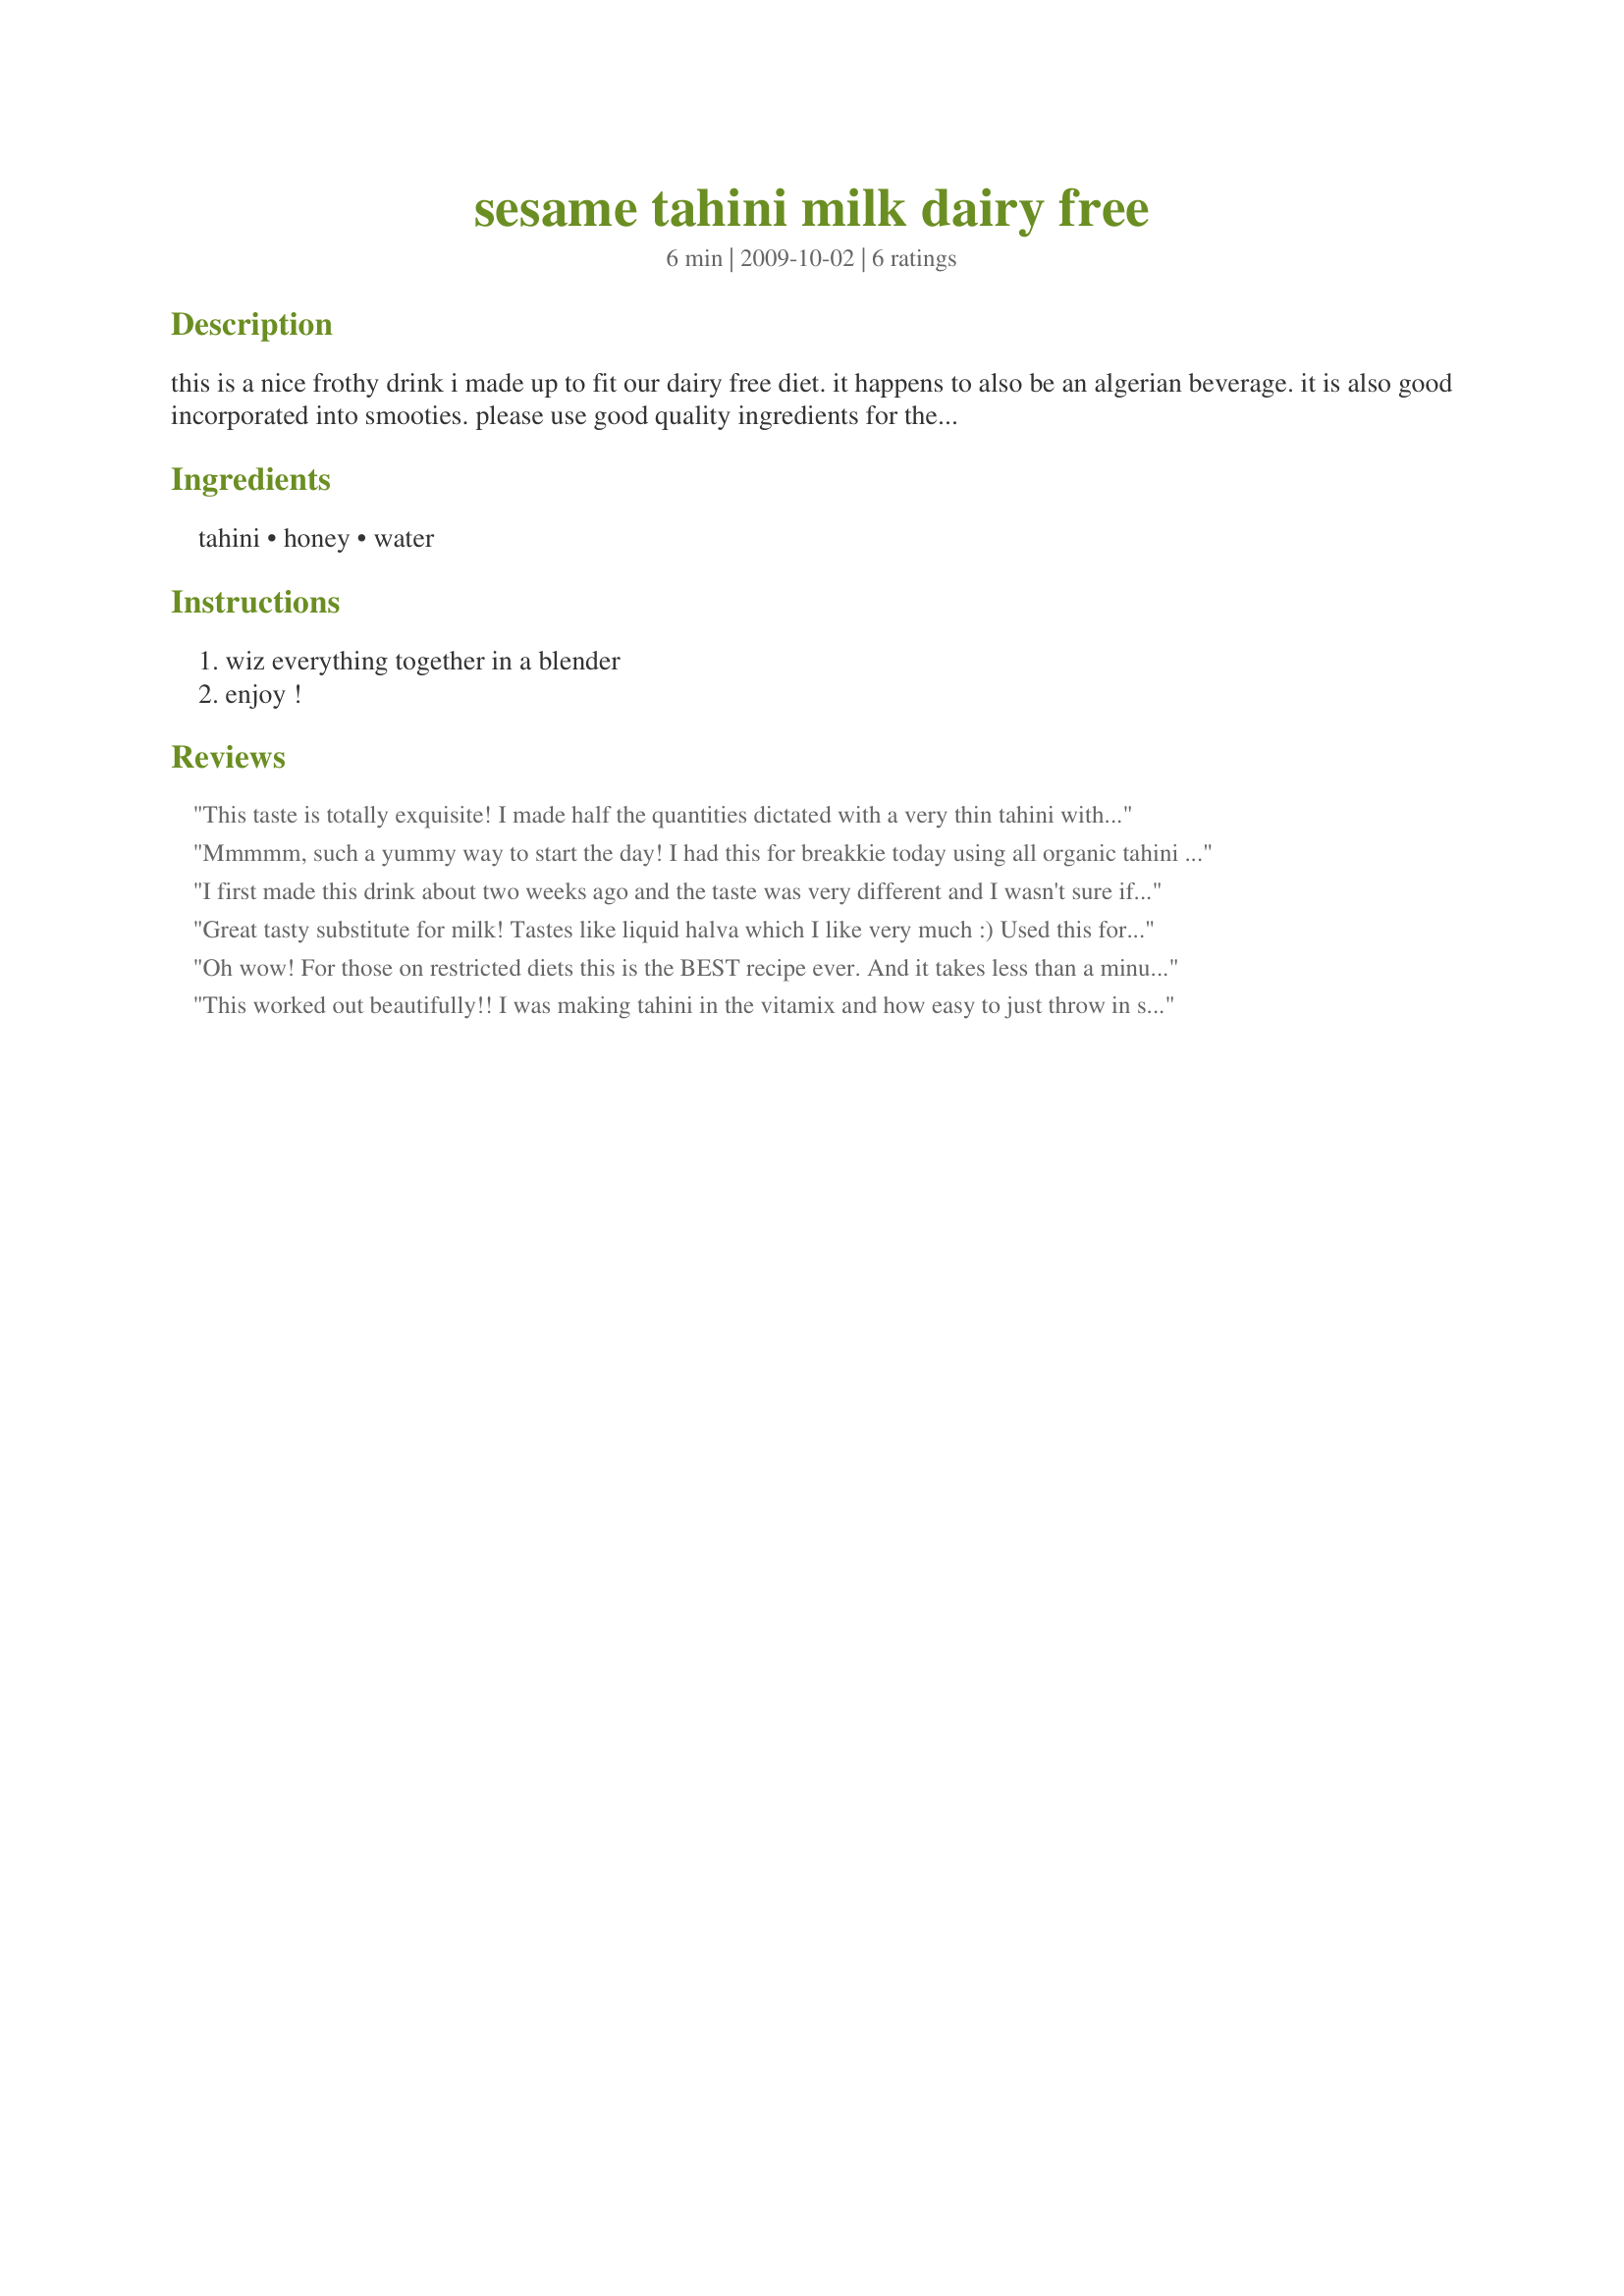
sesame tahini milk dairy free
Preparation time: 6 minutes

this is a nice frothy drink i made up to fit our dairy free diet. it happens to also be an algerian beverage. it is also good incorporated into smooties. please use good quality ingredients for the tastiest healthiest results.

Ingredients:
tahini, honey, water

Steps:
wiz everything together in a blender, enjoy !

Reviews:
This taste is totally exquisite! I made half the quantities dictated with a very thin tahini with orange blossom honey in ice-cold spring water, I'd try to thicken it up next time because the first few sips tasted like flavored water, it got better as I drank more of it. This would make a nice cooking base to use in place of rice milk or soymilk. Made as a recipenap for Veggie Swap 24.
Mmmmm, such a yummy way to start the day! I had this for breakkie today using all organic tahini from unshelled sesame seeds. It was so good!!!!
I had to leave out the honey this time due to dietary restrictions, but will surely add it next time Im making this and I think I will make this often again as I enjoyed it so much.
THANK YOU SO MUCH for sharing it with us, UmmBinat!
Made and reviewed for Veggie Swap #24 July 2010.
I first made this drink about two weeks ago and the taste was very different and I wasn't sure if I liked it or not. I wanted to give the recipe a second shot, so second try I added half a banana, spoonful of homemade peanut butter, a squirt of agave and a pinch of cinnamon then whirled until smooth. Mmmmmm!! So, for me on its own the flavor was satisfactory but as a 'base' for smoothies it is outstanding and an excellent choice for dairy-free option. Reviewed for N*A*M*E tag.
Great tasty substitute for milk! Tastes like liquid halva which I like very much :) Used this for a sour cherry smoothie and will try it with other smoothies, too. Thanks for posting!
Made for Spring PAC 2010.
Oh wow! For those on restricted diets this is the BEST recipe ever. And it takes less than a minute to prepare! Lurking on vegan forums I only recently discovered that tahini can be used to create a substitute for regular milk. Who would have thought! I am on a really restricted allergy diet at the moment and can't have dairy, soy, oats, etc. and I'm also allergic to nuts. So that pretty much rules out all milk substitutes for me. This is a godsend! I added 1/4 teaspoon stevia (to taste) and then blended until the mixture was frothy. I'd be drinking it every day if it wasn't so high in fat :-(
This worked out beautifully!! I was making tahini in the vitamix and how easy to just throw in some water & agave (used agave to make this vegan) after I was done instead of wasting my time scrapping out all the leftover bits!! Plus I get a special treat in the process!! This was super yummy & I have to agree with Veggiequeen if it wasn't so high in fat it would be my daily drink of choice. YUMMY!! Thanks Ummbinat! Made for the lovely VIP in Veg*n Swap 31!!
